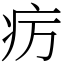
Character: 疠